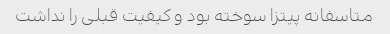
متاسفانه پیتزا سوخته بود و کیفیت قبلی را نداشت